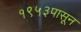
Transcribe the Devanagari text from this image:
१९५३पासून